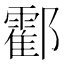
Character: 𨟓